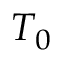
T _ { 0 }